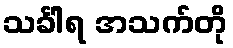
သင်္ခါရ အသက်တို